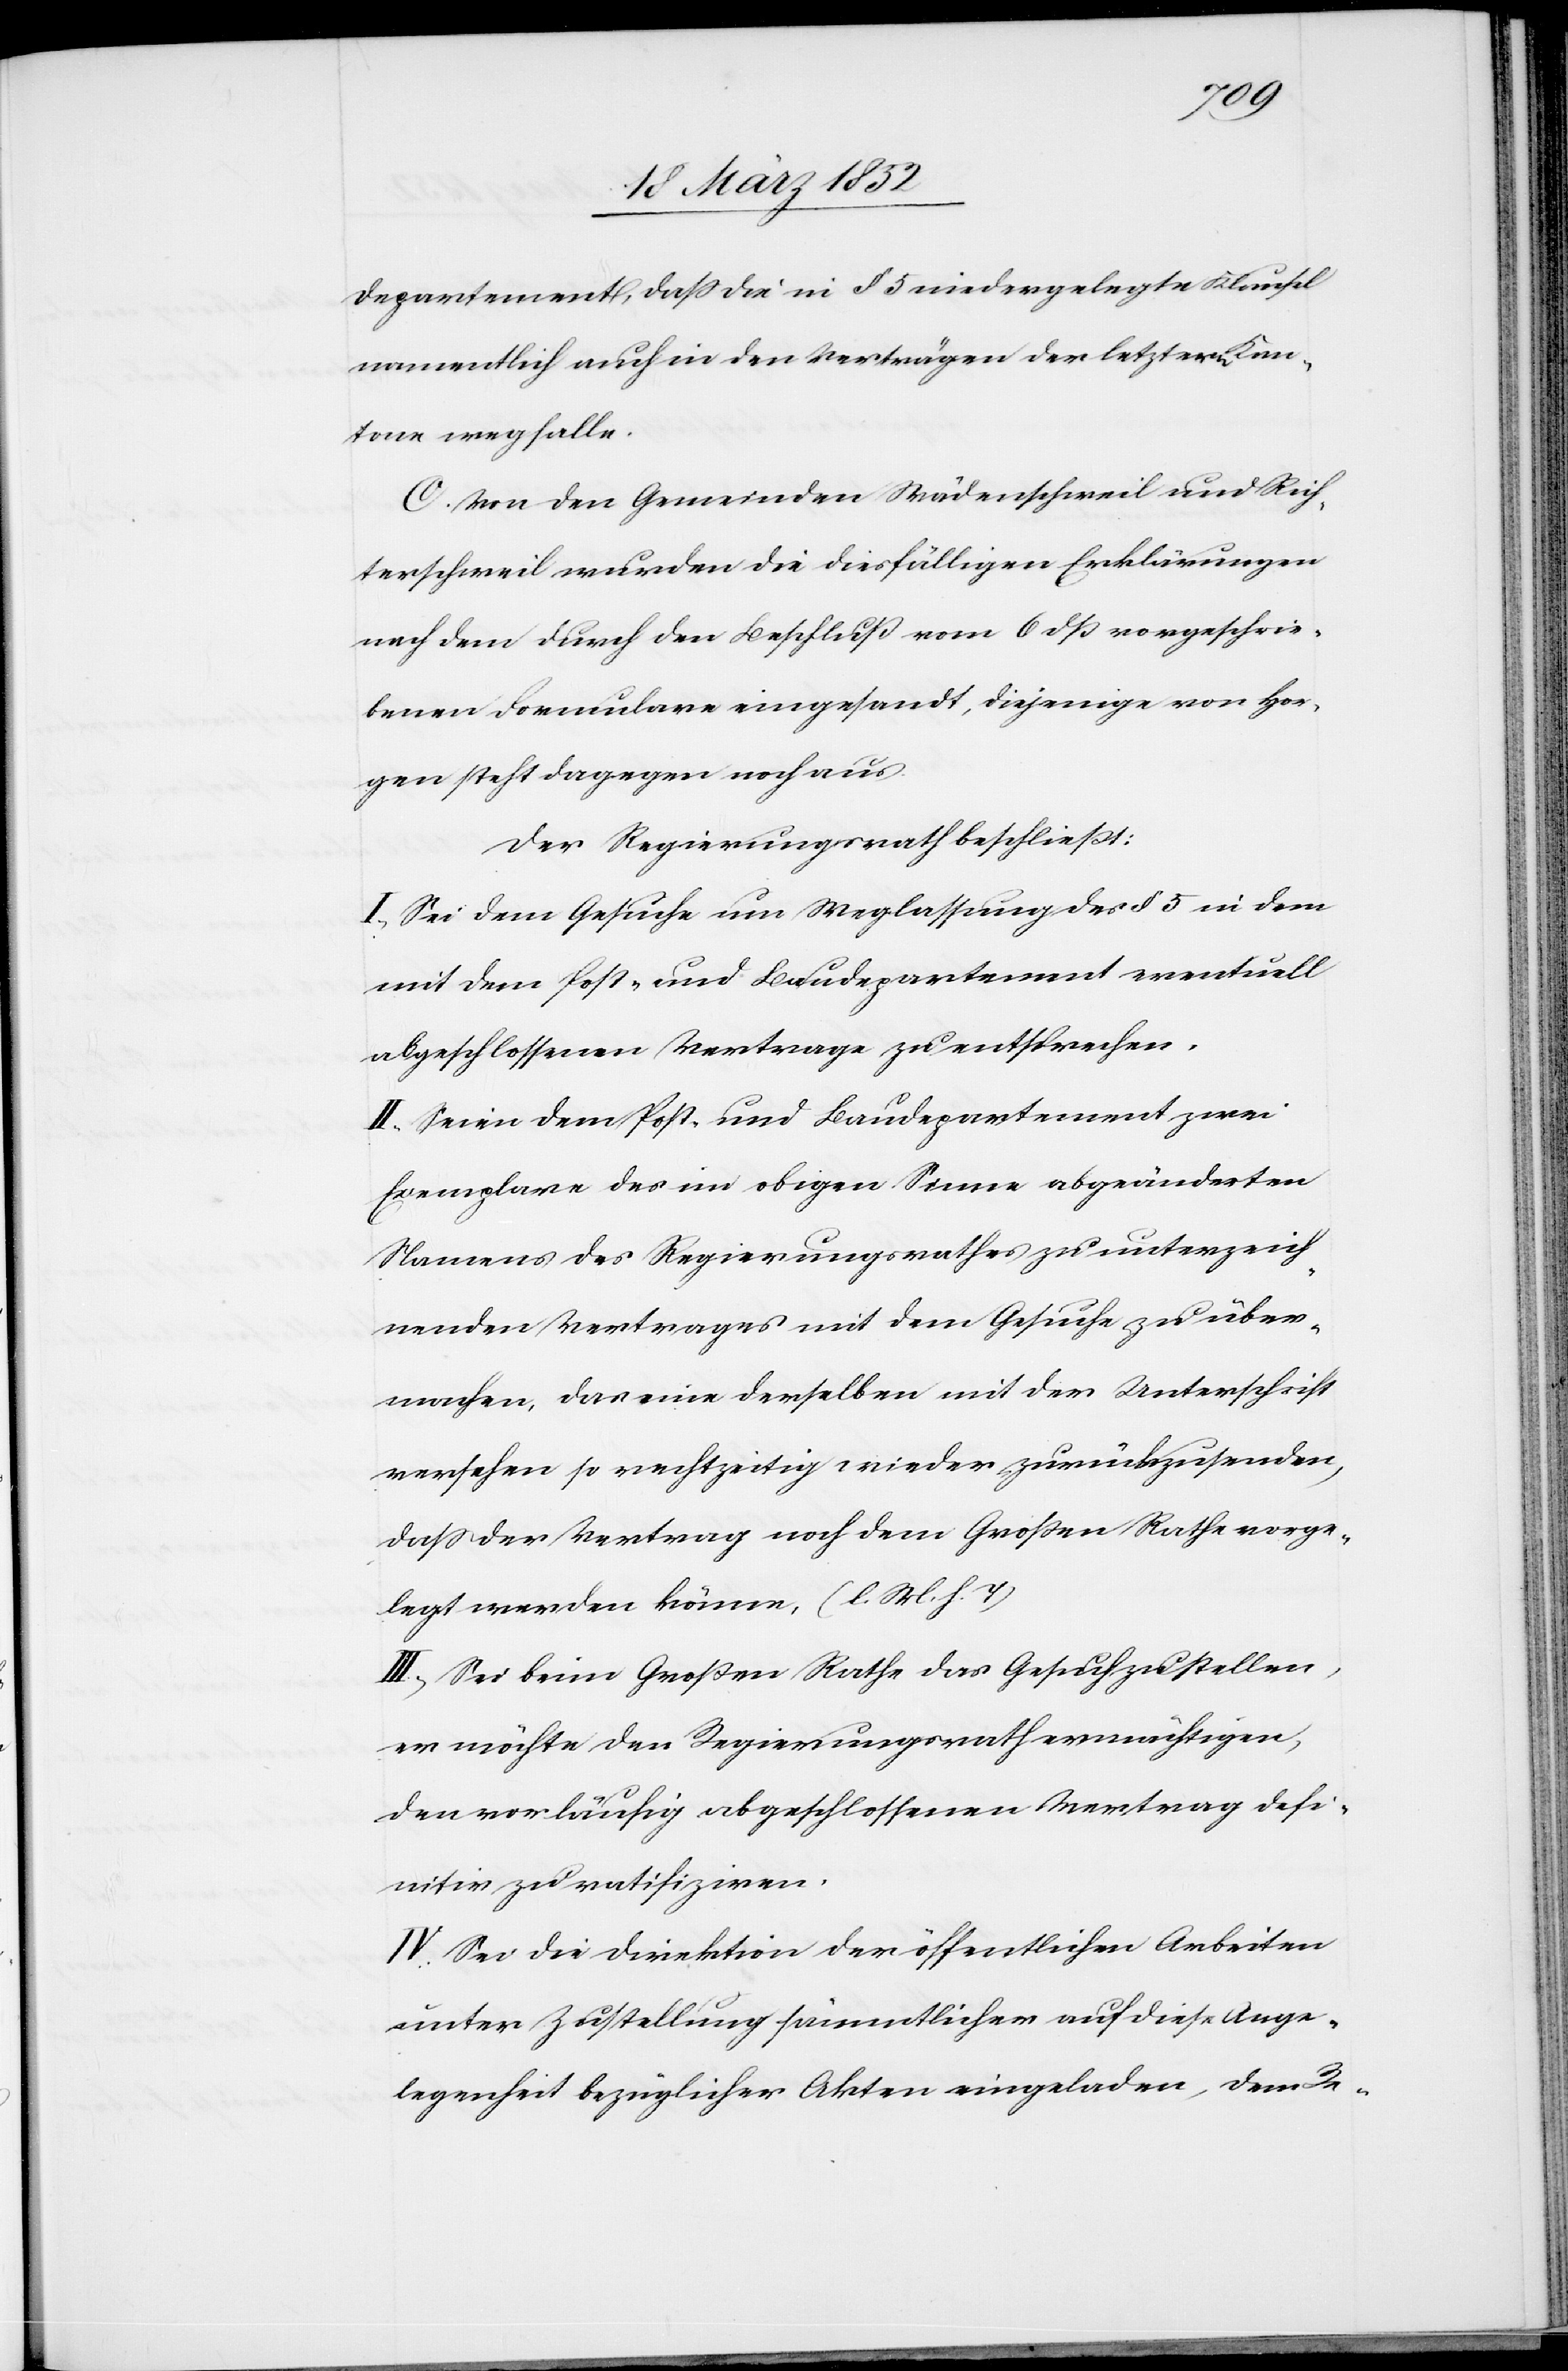
Departement, daß die in § 5 niedergelegte Klausel
namentlich auch in den Verträgen der letztern Kan¬
tone wegfalle.
C. Von den Gemeinden Wädenschweil und Rich¬
terschweil wurden die diesfälligen Erklärungen
nach dem durch den Beschluß vom 6 dß vorgeschrie¬
benen Formulare eingesandt, diejenige von Hor¬
gen steht dagegen noch aus.
Der Regierungsrath beschließt:
I. Sei dem Gesuche um Weglassung des § 5 in dem
mit dem Post- und Baudepartement eventuell
abgeschlossenen Vertrage zu entsprechen.
II. Seien dem Post- und Baudepartement zwei
Exemplare des im obigen Sinne abgeänderten
Namens des Regierungsrathes zu unterzeich¬
nenden Vertrages mit dem Gesuche zu über¬
machen, das eine derselben mit der Unterschrift
versehen so rechtzeitig wieder zurückzusenden,
daß der Vertrag noch dem Großen Rathe vorge¬
legt werden könne. [l. M. h. T]
II. Sei beim Großen Rathe das Gesuch zu stellen,
er möchte den Regierungsrath ermächtigen,
den vorläufig abgeschlossenen Vertrag defi¬
nitiv zu ratifiziren.
IV. Sei die Direktion der öffentlichen Arbeiten
unter Zustellung sämmtlicher auf diese Ange¬
legenheit bezüglicher Akten eingeladen, dem Re-